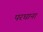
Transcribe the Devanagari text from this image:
परघाना